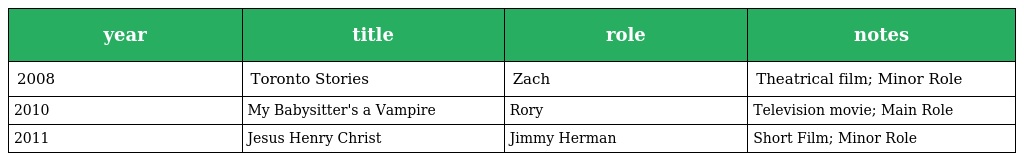
| year | title | role | notes |
 | --- | --- | --- | --- |
 | 2008 | Toronto Stories | Zach | Theatrical film; Minor Role |
 | 2010 | My Babysitter's a Vampire | Rory | Television movie; Main Role |
 | 2011 | Jesus Henry Christ | Jimmy Herman | Short Film; Minor Role |